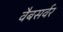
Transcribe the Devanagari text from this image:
वैबसर्वर